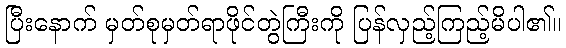
ပြီးနောက် မှတ်စုမှတ်ရာဖိုင်တွဲကြီးကို ပြန်လှည့်ကြည့်မိပါ၏။